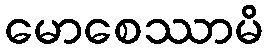
မောစေဿာမိ